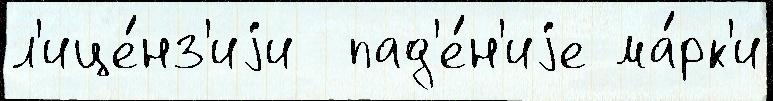
л'ице́нз'иjи  пад'е́н'иjе ма́рк'и